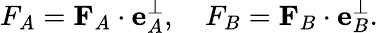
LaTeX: F_{A}=\mathbf{F}_{A}\cdot\mathbf{e}_{A}^{\perp},\quad F_{B}=\mathbf{F}_{B}\cdot\mathbf{e}_{B}^{\perp}.